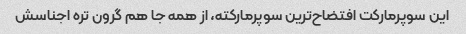
این سوپرمارکت افتضاح‌ترین سوپرمارکته، از همه جا هم گرون تره اجناسش